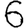
Digit: 6